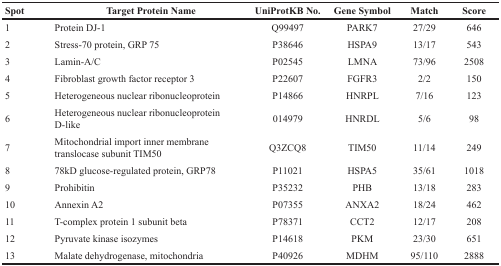
<table><thead><tr><td><b>Spot</b></td><td><b>Target Protein Name</b></td><td><b>UniProtKB No.</b></td><td><b>Gene Symbol</b></td><td><b>Match</b></td><td><b>Score</b></td></tr></thead><tbody><tr><td>1</td><td>Protein DJ-1</td><td>Q99497</td><td>PARK7</td><td>27/29</td><td>646</td></tr><tr><td>2</td><td>Stress-70 protein, GRP 75</td><td>P38646</td><td>HSPA9</td><td>13/17</td><td>543</td></tr><tr><td>3</td><td>Lamin-A/C</td><td>P02545</td><td>LMNA</td><td>73/96</td><td>2508</td></tr><tr><td>4</td><td>Fibroblast growth factor receptor 3</td><td>P22607</td><td>FGFR3</td><td>2/2</td><td>150</td></tr><tr><td>5</td><td>Heterogeneous nuclear ribonucleoprotein</td><td>P14866</td><td>HNRPL</td><td>7/16</td><td>123</td></tr><tr><td>6</td><td>Heterogeneous nuclear ribonucleoprotein D-like</td><td>014979</td><td>HNRDL</td><td>5/6</td><td>98</td></tr><tr><td>7</td><td>Mitochondrial import inner membrane translocase subunit TIM50</td><td>Q3ZCQ8</td><td>TIM50</td><td>11/14</td><td>249</td></tr><tr><td>8</td><td>78kD glucose-regulated protein, GRP78</td><td>P11021</td><td>HSPA5</td><td>35/61</td><td>1018</td></tr><tr><td>9</td><td>Prohibitin</td><td>P35232</td><td>PHB</td><td>13/18</td><td>283</td></tr><tr><td>10</td><td>Annexin A2</td><td>P07355</td><td>ANXA2</td><td>18/24</td><td>462</td></tr><tr><td>11</td><td>T-complex protein 1 subunit beta</td><td>P78371</td><td>CCT2</td><td>12/17</td><td>208</td></tr><tr><td>12</td><td>Pyruvate kinase isozymes</td><td>P14618</td><td>PKM</td><td>23/30</td><td>651</td></tr><tr><td>13</td><td>Malate dehydrogenase, mitochondria</td><td>P40926</td><td>MDHM</td><td>95/110</td><td>2888</td></tr></tbody></table>